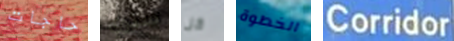
حاجات سنوي كل الخطوة Corridor